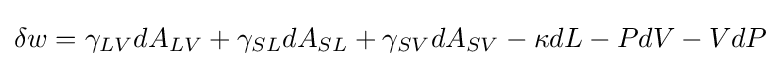
\delta w=\gamma _{LV}dA_{LV}+\gamma _{SL}dA_{SL}+\gamma _{SV}dA_{SV}-\kappa dL-PdV-VdP